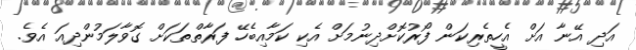
އަދި އޭނާ އަށް އެހީތެރިކަން ފޯރުކޮށްދިނުމަށް އެކި ކަމާއިބެހޭ ފަރާތްތަކަށް ގޮވާލަމުންދިއަ އެވެ.